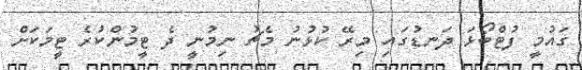
ގައުމީ ފުޓްބޯޅަ ދަނޑުގައި މިރޭ ކުޅުނު މެޗު ނިމުނީ ދެ ޓީމުންކުރެ ޓީމަކަށް